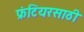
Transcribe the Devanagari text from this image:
फ्रंटियरसाठी